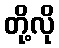
တို့လို